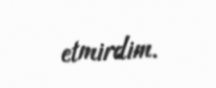
etmirdim.